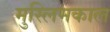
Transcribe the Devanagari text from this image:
मुस्लिमकाल